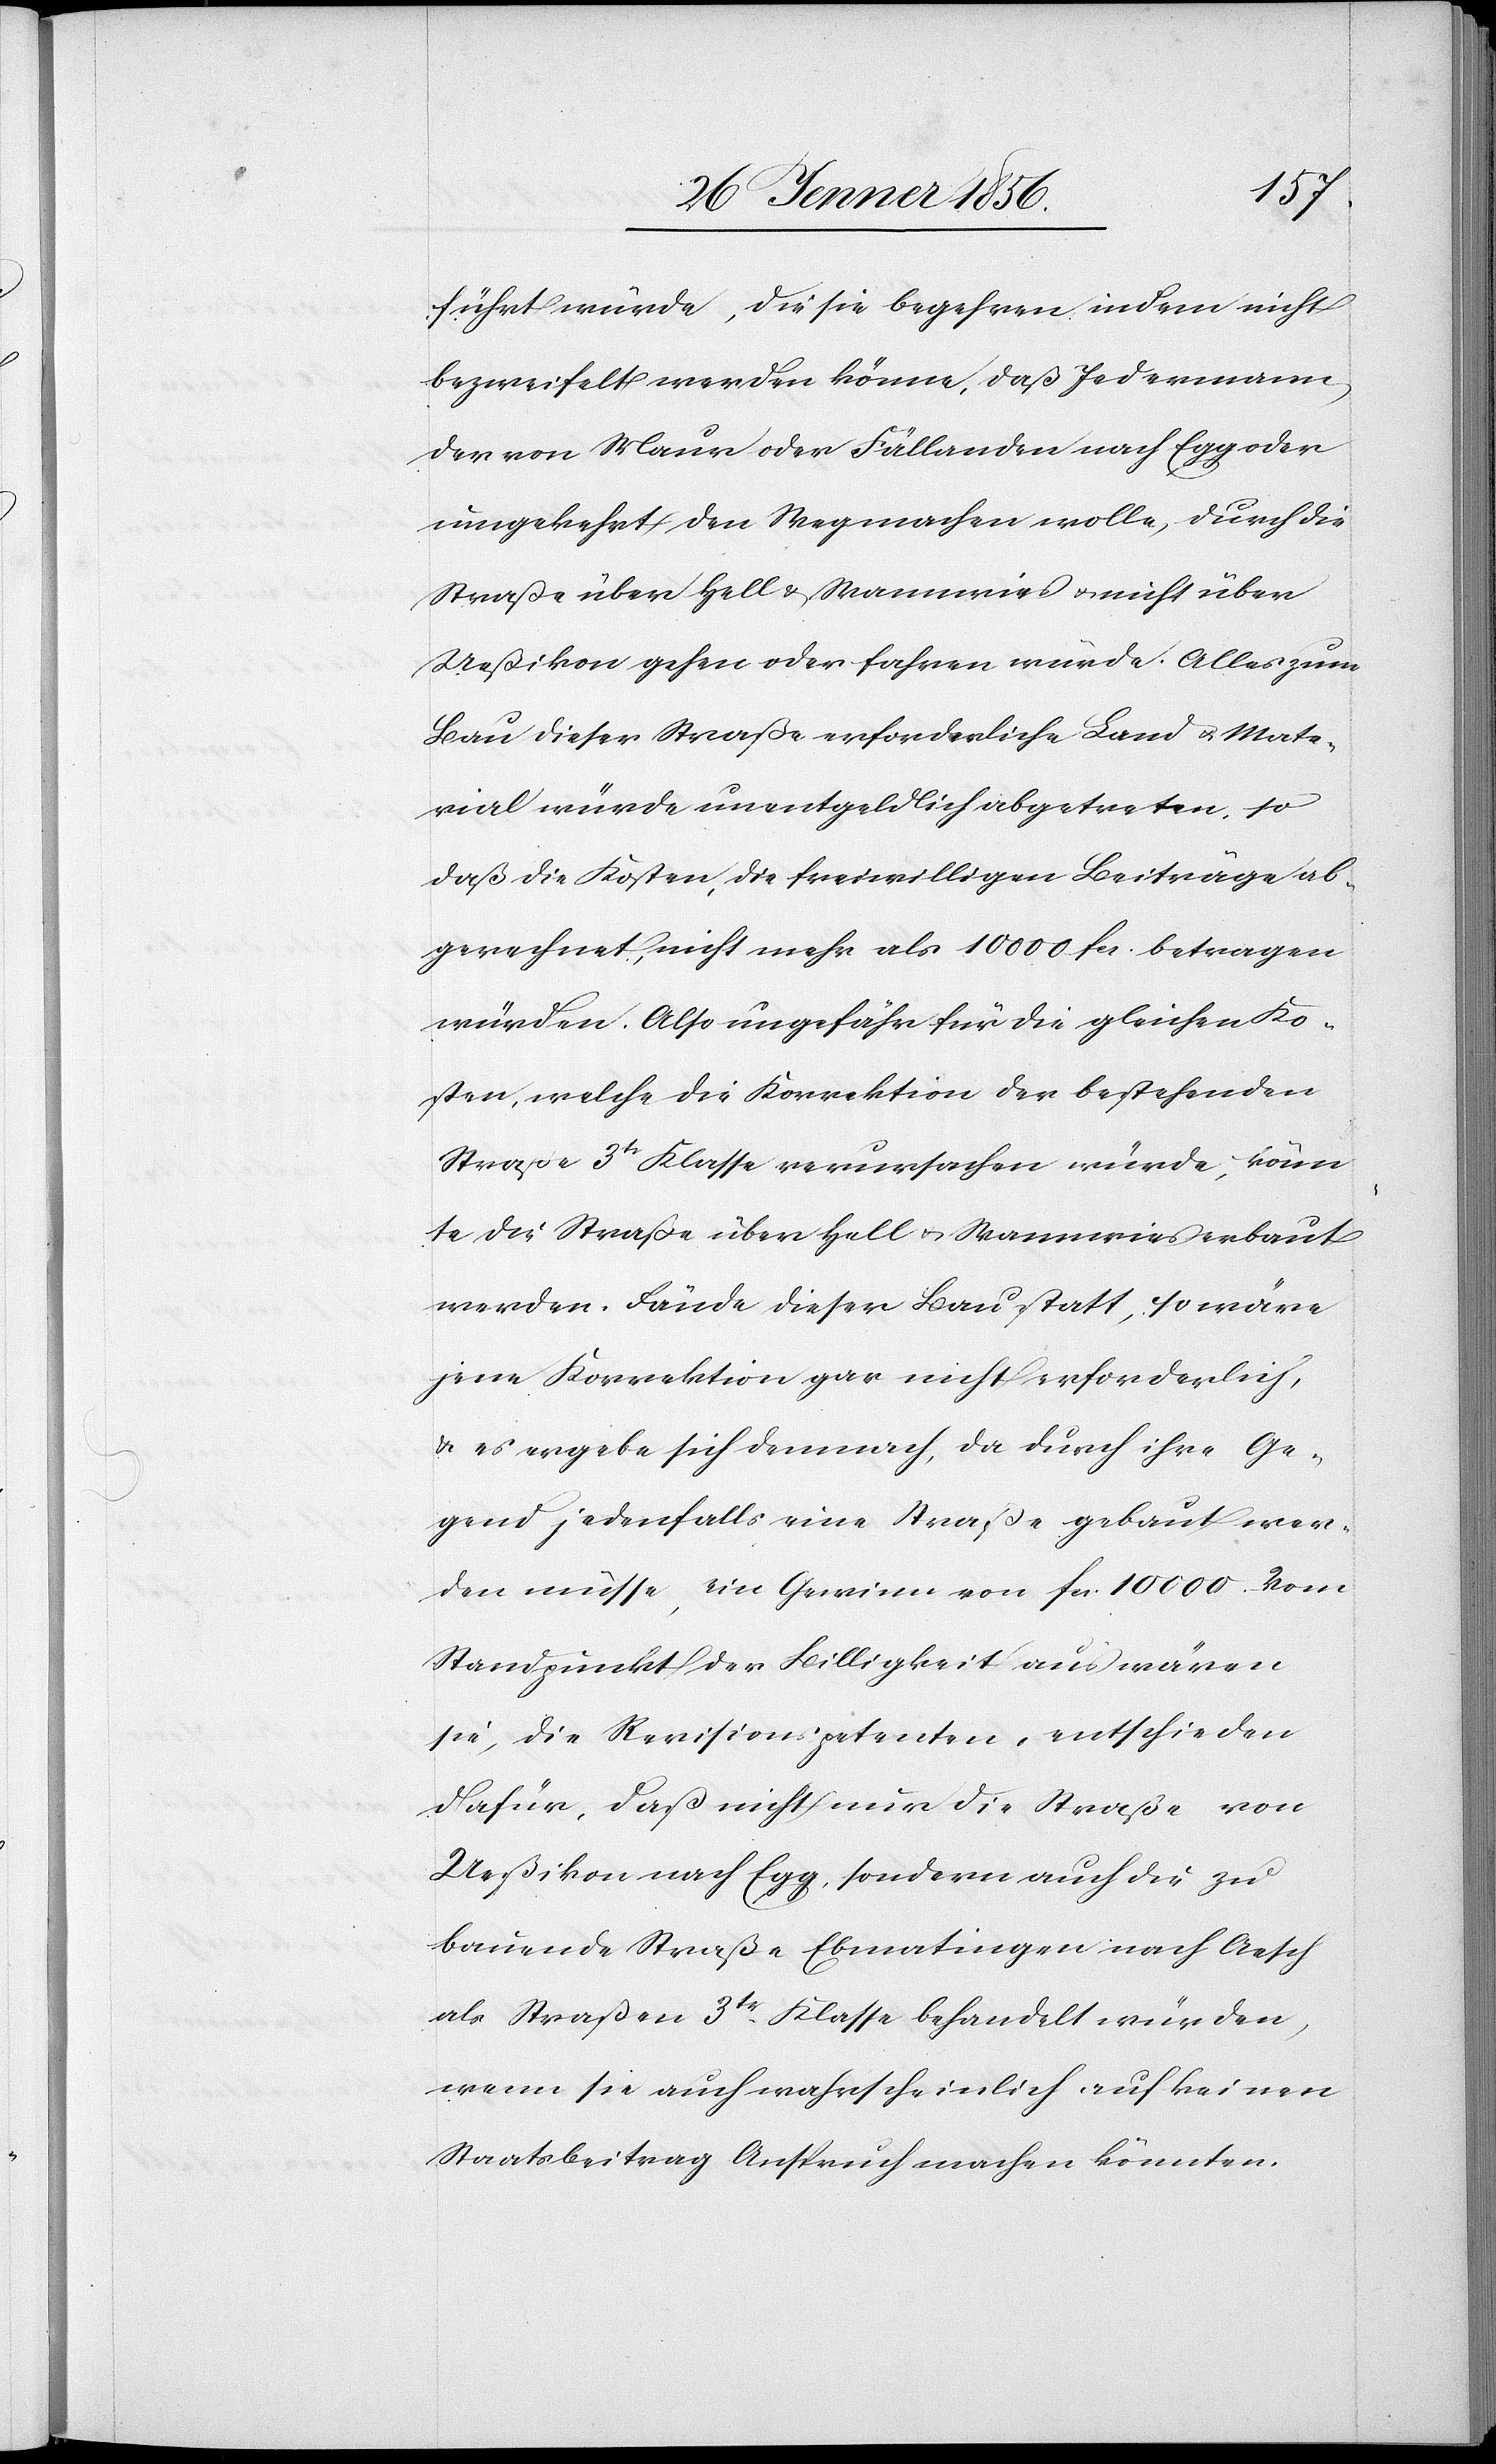
führt würde, die sie begehren, indem nicht
bezweifelt werden könne, daß Jedermann,
der von Maur oder Fällanden nach Egg oder
umgekehrt den Weg machen wolle, durch die
Straße über Hell & Wannwies u. nicht über
Ueßikon gehen oder fahren würde. Alles zum
Bau dieser Straße erforderliche Land u. Mate¬
rial würde unentgeldlich abgetreten, so
daß die Kosten, die freiwilligen Beiträge ab¬
gerechnet, nicht mehr als 10 000 fa. betragen
würden. Also ungefähr für die gleichen Ko¬
sten, welche die Korrektion der bestehenden
Straße 3tr Klasse verursachen würde, könn¬
te die Straße über Hell u. Wannwies erbaut
werden. Fände dieser Bau statt, so wäre
jene Korrektion gar nicht erforderlich,
u. es ergebe sich demnach, da durch ihre Ge¬
gend jedenfalls eine Straße gebaut wer¬
den müsse, ein Gewinn von fa. 10 000. Vom
Standpunkt der Billigkeit aus wären
sie, die Revisionspetenten, entschieden
dafür, daß nicht nur die Straße von
Ueßikon nach Egg, sondern auch die zu
bauende Straße Ebmatingen nach Aesch
als Straßen 3tr Klasse behandelt würden,
wenn sie auch wahrscheinlich auf keinen
Staatsbeitrag Anspruch machen könnten.